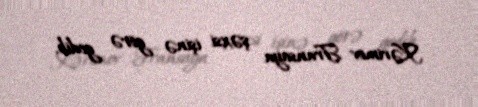
Kərimov Fransaya şəxsi işinə görə gedib.